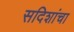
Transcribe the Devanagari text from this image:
सदिशांचा